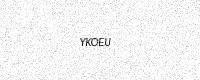
Text: YKOEU